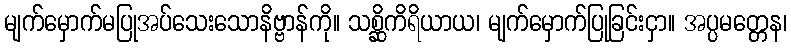
မျက်မှောက်မပြုအပ်သေးသောနိဗ္ဗာန်ကို။ သစ္ဆိကိရိယာယ၊ မျက်မှောက်ပြုခြင်းငှာ။ အပ္ပမတ္တေန၊